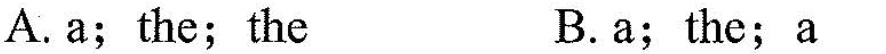
A. a;the;the B.a;the;a